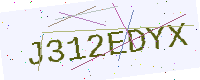
Text: J312EDYX